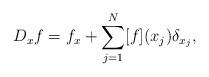
LaTeX: \begin{align*}D_x f=f_x+\sum_{j=1}^N [f](x_j)\delta_{x_j}, \end{align*}